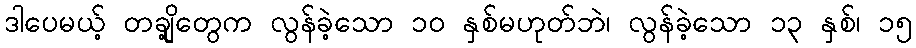
ဒါပေမယ့် တချို့တွေက လွန်ခဲ့သော ၁၀ နှစ်မဟုတ်ဘဲ၊ လွန်ခဲ့သော ၁၃ နှစ်၊ ၁၅